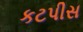
કટપીસ